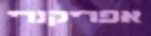
אפריקנרי